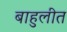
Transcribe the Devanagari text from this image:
बाहुलीत